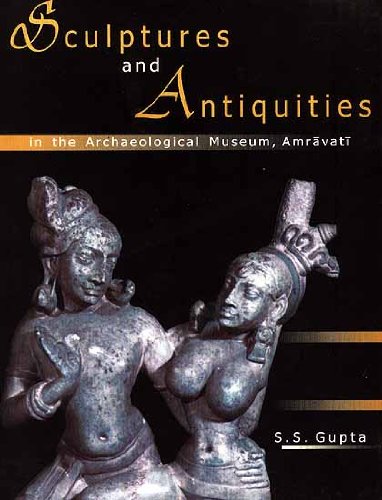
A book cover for Sculptures and Antiquities: In the Archaeological Museum, Amravati; S.S. Gupta; Arts & Photography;